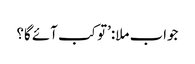
جواب ملا:’تو کب آئے گا؟